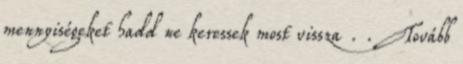
mennyiségeket hadd ne keressek most vissza . . Tovább